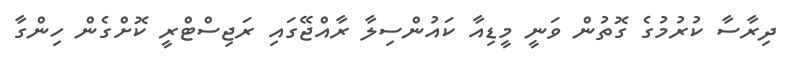
ދިރާސާ ކުރުމުގެ ގޮތުން ވަނީ މީޑިއާ ކައުންސިލާ ރާއްޖޭގައި ރަޖިސްޓްރީ ކޮށްގެން ހިންގާ